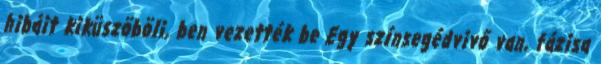
hibáit kiküszöböli, ben vezették be Egy színsegédvivő van, fázisa